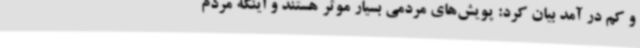
و کم در آمد بیان کرد: پویش‌های مردمی بسیار موثر هستند و اینکه مردم